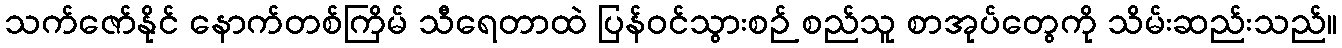
သက်ဇော်နိုင် နောက်တစ်ကြိမ် သီရေတာထဲ ပြန်ဝင်သွားစဉ် စည်သူ စာအုပ်တွေကို သိမ်းဆည်းသည်။